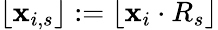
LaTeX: \left\lfloor\mathbf{x}_{i,s}\right\rfloor:=\left\lfloor\mathbf{x}_{i}\cdot R_{s}\right\rfloor